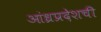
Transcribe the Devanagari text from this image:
आंध्रप्रदेशची